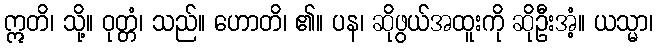
ဣတိ၊ သို့။ ဝုတ္တံ၊ သည်။ ဟောတိ၊ ၏။ ပန၊ ဆိုဖွယ်အထူးကို ဆိုဦးအံ့။ ယသ္မာ၊